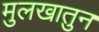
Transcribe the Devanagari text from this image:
मुलखातुन